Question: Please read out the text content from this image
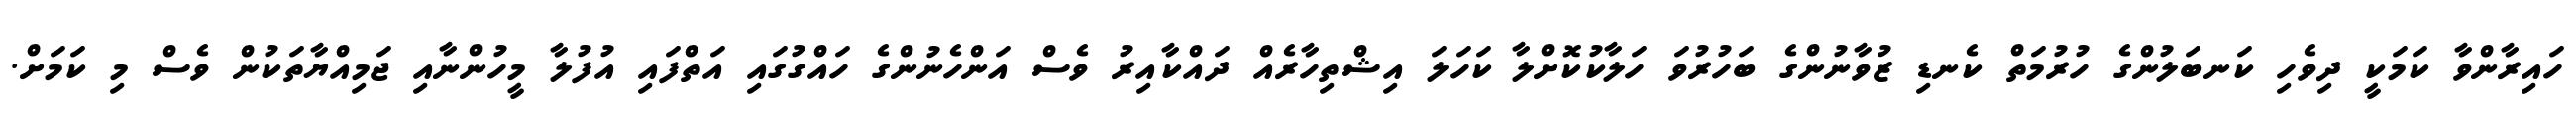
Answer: ހައިރާންވާ ކަމަކީ ދިވެހި ކަނބަލުންގެ ހުރުމަތް ކެނޑި ޒުވާނުންގެ ބަހުރުވަ ހަލާކުކޮށްލާ ކަހަލަ އިޝްތިހާރެއް ދައްކާއިރު ވެސް އަންހެނުންގެ ހައްގުގައި އަތްފައި އުފުލާ މީހުންނާއި ޖަމިއްޔާތަކުން ވެސް މި ކަމަށް.